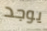
يوجد